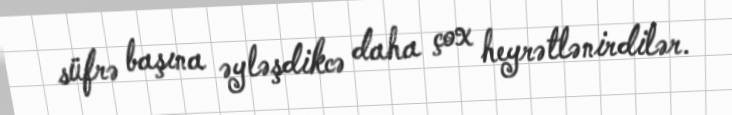
süfrə başına əyləşdikcə daha çox heyrətlənirdilər.